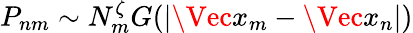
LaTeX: P_{nm}\sim N_{m}^{\zeta}G(|\Vec{x}_{m}-\Vec{x}_{n}|)